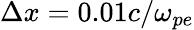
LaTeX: \Delta x=0.01c/\omega_{pe}